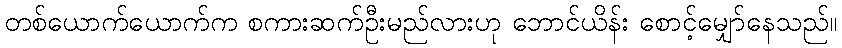
တစ်ယောက်ယောက်က စကားဆက်ဦးမည်လားဟု ဘောင်ယိန်း စောင့်မျှော်နေသည်။